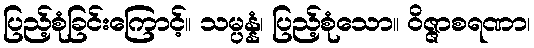
ပြည့်စုံခြင်းကြောင့်။ သမ္ပန္နံ၊ ပြည့်စုံသော။ ဝိဇ္ဇာစရဏာ၊